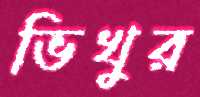
ভিখুর